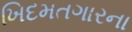
ખિદમતગારના